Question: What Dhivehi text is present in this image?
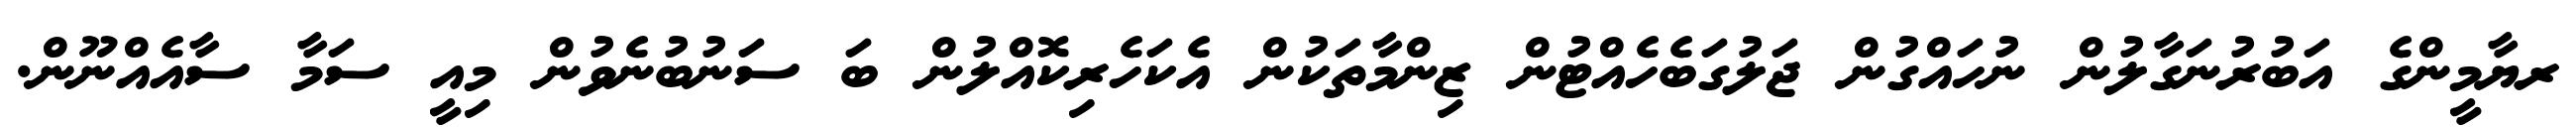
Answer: ރޔާމީންގެ އަބުރުނަގާލުން ނުހައްގުން ޖަލުގަބެހެއްޓުން ޒިންމާތަކުން އެކަހެރިކޮއްލުން ބަ ސަނުބުނެވުން މިއީ ސަމާ ސާއެއްނޫން.